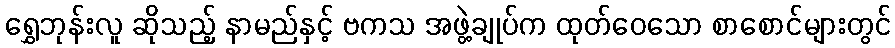
ရွှေဘုန်းလူ ဆိုသည့် နာမည်နှင့် ဗကသ အဖွဲ့ချုပ်က ထုတ်ဝေသော စာစောင်များတွင်